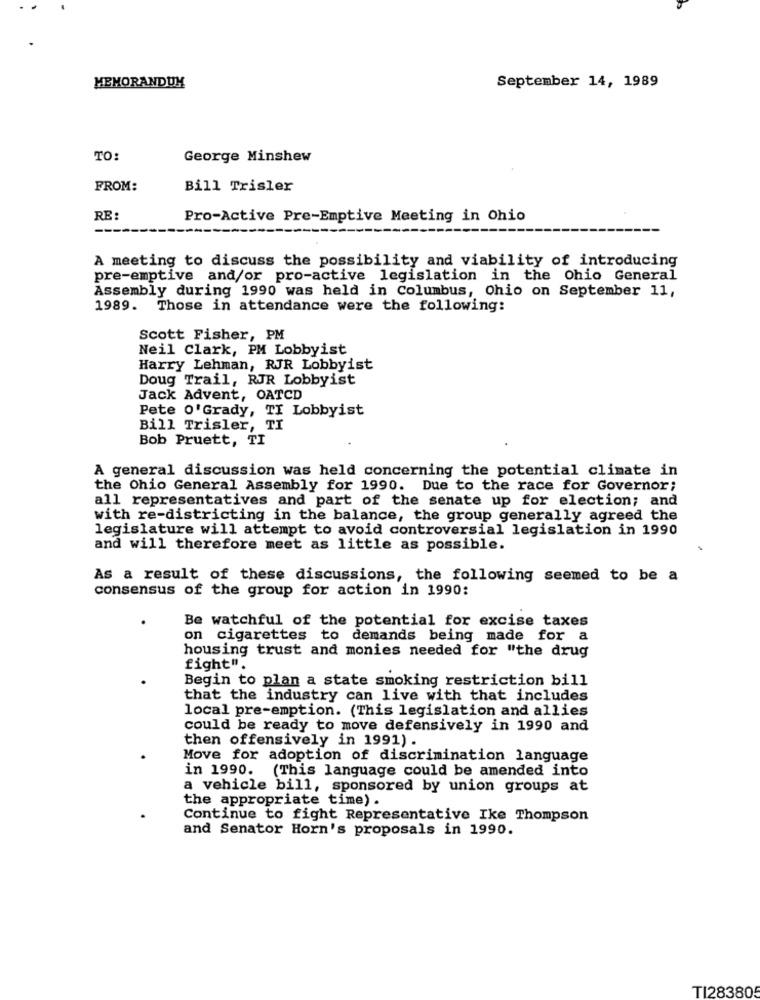
MEMORANDUM
September 14, 1989
TO:
George Minshew
FROM:
Bill Trisler
RE :
Pro-Active Pre-Emptive Meeting in Ohio
--
A meeting to discuss the possibility and viability of introducing
pre-emptive and/or pro-active legislation in the Ohio General
Assembly during 1990 was held in Columbus, Ohio on September 11,
1989. Those in attendance were the following:
Scott Fisher, PM
Neil Clark, PM Lobbyist
Harry Lehman, RJR Lobbyist
Doug Trail, RJR Lobbyist
Jack Advent, OATCD
Pete o'Grady, TI Lobbyist
Bill Trisler, TI
Bob Pruett, TI
A general discussion was held concerning the potential climate in
the Ohio General Assembly for 1990. Due to the race for Governor;
all representatives and part of the senate up for election; and
with re-districting in the balance, the group generally agreed the
legislature will attempt to avoid controversial legislation in 1990
and will therefore meet as little as possible.
As a result of these discussions, the following seemed to be a
consensus of the group for action in 1990:
Be watchful of the potential for excise taxes
on cigarettes to demands being made for a
housing trust and monies needed for "the drug
fight".
Begin to plan a state smoking restriction bill
that the industry can live with that includes
local pre-emption. (This legislation and allies
could be ready to move defensively in 1990 and
then offensively in 1991) .
Move for adoption of discrimination language
in 1990.
(This language could be amended into
a vehicle bill, sponsored by union groups at
the appropriate time) .
Continue to fight Representative Ike Thompson
and Senator Horn's proposals in 1990.
TI283805